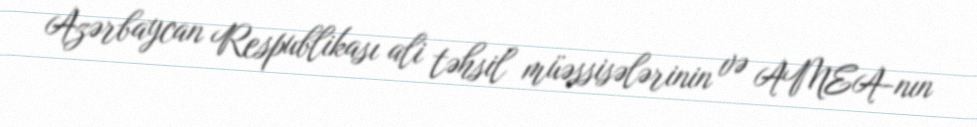
Azərbaycan Respublikası ali təhsil müəssisələrinin və AMEA-nın